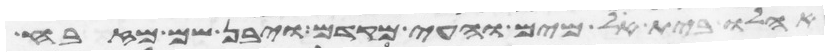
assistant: אהלו בית אל מים והעי מקדם ויבן שם מזבח